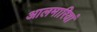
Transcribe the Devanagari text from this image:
आलमारियां